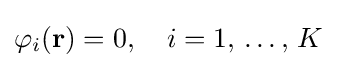
\displaystyle \varphi _{i}(\mathbf {r} )=0,\quad i=1,\,\ldots ,\,K